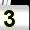
Digit: 3